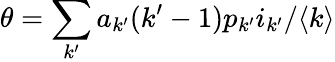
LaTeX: {\theta=\sum_{k^{\prime}}a_{k^{\prime}}(k^{\prime}-1)p_{k^{\prime}}i_{k^{\prime}}/\langle k\rangle}